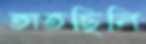
তাতছিলি